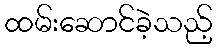
ထမ်းဆောင်ခဲ့သည့်